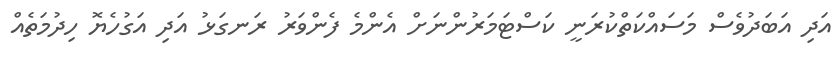
އަދި އަބަދުވެސް މަސައްކަތްކުރަނީ ކަސްޓަމަރުންނަށް އެންމެ ފެންވަރު ރަނގަޅު އަދި އަގުހެޔޮ ހިދުމަތެއް